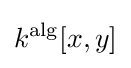
k^{\operatorname {alg} }[x,y]